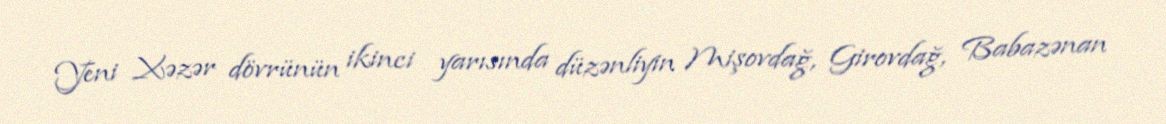
Yeni Xəzər dövrünün ikinci yarısında düzənliyin Mişovdağ, Girovdağ, Babazənan